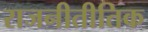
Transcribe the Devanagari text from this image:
राजनीतीतिक